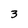
Character: 3